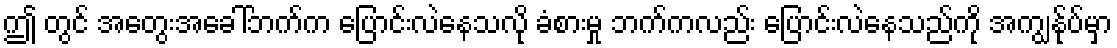
ဤ တွင် အတွေးအခေါ်ဘက်က ပြောင်းလဲနေသလို ခံစားမှု ဘက်ကလည်း ပြောင်းလဲနေသည်ကို အကျွန်ုပ်မှာ